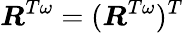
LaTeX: \boldsymbol{R}^{T\omega}=(\boldsymbol{R}^{T\omega})^{T}